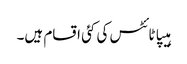
ہیپاٹائٹس کی کئی اقسام ہیں۔